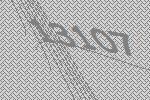
13107